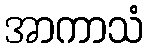
အာကာသံ